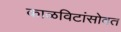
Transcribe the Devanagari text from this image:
काळविटांसोबत